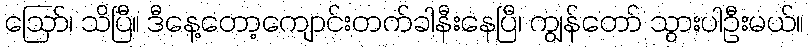
ဪ၊ သိပြီ။ ဒီနေ့တော့ကျောင်းတက်ခါနီးနေပြီ၊ ကျွန်တော် သွားပါဦးမယ်။